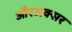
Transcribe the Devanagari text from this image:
औरअक्सर